Annual vaccination report of Bihar and Orissa - 1911-1928
Year: 1911
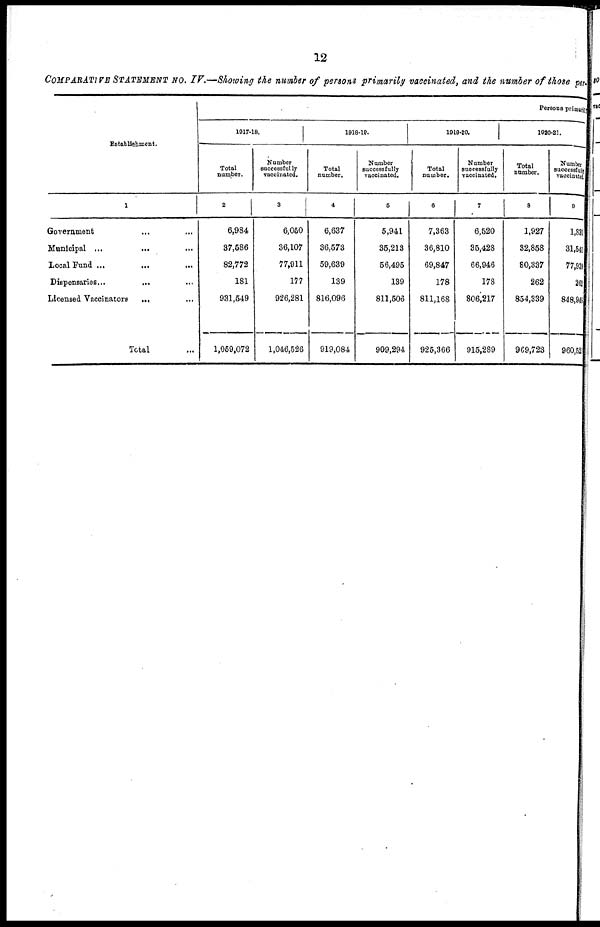
12
COMPARATIVE STATEMENT No. IV.—Showing the number of persons primarily vaccinated, and the number of those p
Establishment.
1
Government ... ...
Municipal ...
... ...
Local Fund ...
...
...
Dispensaries...
... ...
Licensed Vaccinators
...
Total ...
Persons primarily
1917-18.
Total
number.
2
6,984
37,586
82,772
181
931,549
1,059,072
Number
successfully
vaccinated.
3
6,050
36,107
77,911
177
926,281
1,046,526
1918-19.
Total
number.
4
6,637
36,573
59,639
139
816,096
919,084
Number
successfully
vaccinated.
5
5,941
35,213
56,495
189
811,506
909,294
1919-20.
Total
number.
6
7,363
36,810
69,847
178
811,168
925,366
Number
successfully
vaccinated.
7
6,520
35,428
66,946
178
806,217
915,289
1920-21.
Total
number.
8
1,927
32,858
80,337
262
854,339
963,723
Number
successfully
vaccinated.
9
1,831
31,541
77,909
262
848,948
960,521